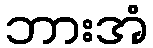
ဘားအံ